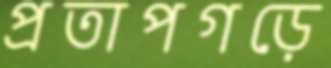
প্রতাপগড়ে